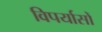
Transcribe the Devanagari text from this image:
विपर्यासों